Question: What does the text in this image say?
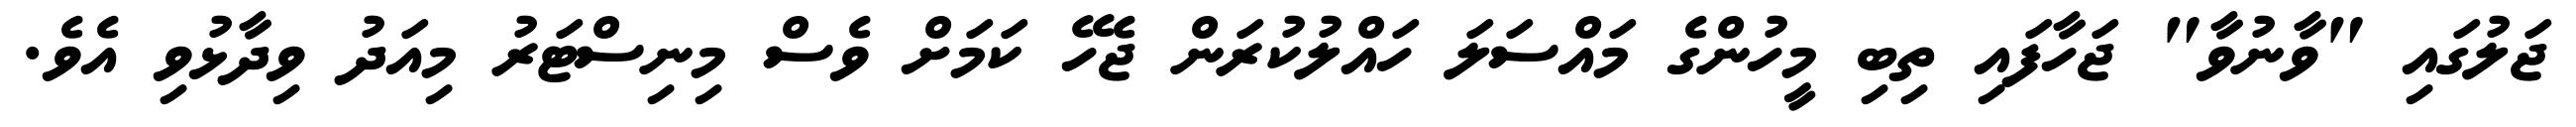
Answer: ޖަލުގައި "ވާނުވާ" ޖަހާފައި ތިބި މީހުންގެ މައްސަލަ ހައްލުކުރަން ޖެހޭ ކަމަށް ވެސް މިނިސްޓަރު މިއަދު ވިދާޅުވި އެވެ.